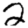
Digit: 2